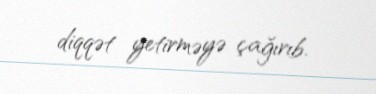
diqqət yetirməyə çağırıb.